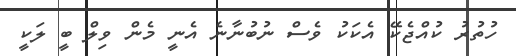
ހުތުރު ކުއްޖެކޭ އެކަކު ވެސް ނުބުނާނެ އެނީ މެން ވިލް ބީ ލަކީ